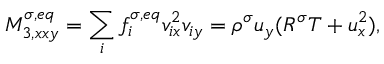
M _ { 3 , x x y } ^ { \sigma , e q } = \sum _ { i } f _ { i } ^ { \sigma , e q } v _ { i x } ^ { 2 } v _ { i y } = \rho ^ { \sigma } u _ { y } ( R ^ { \sigma } T + u _ { x } ^ { 2 } ) ,